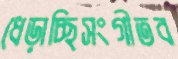
ধেড়াচ্ছিসংগীতব